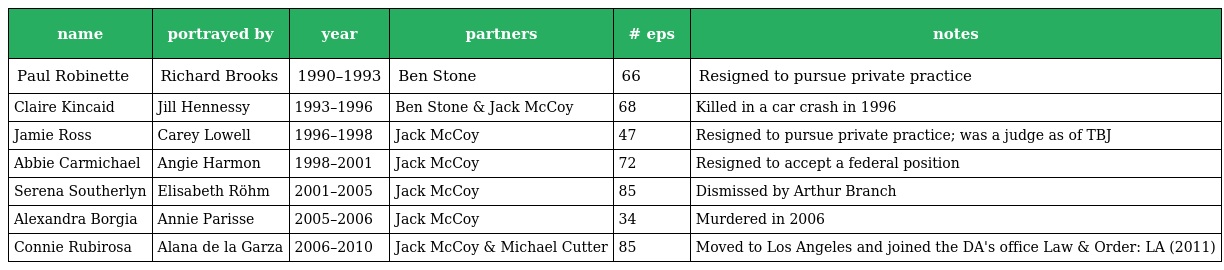
| name | portrayed by | year | partners | # eps | notes |
 | --- | --- | --- | --- | --- | --- |
 | Paul Robinette | Richard Brooks | 1990–1993 | Ben Stone | 66 | Resigned to pursue private practice |
 | Claire Kincaid | Jill Hennessy | 1993–1996 | Ben Stone & Jack McCoy | 68 | Killed in a car crash in 1996 |
 | Jamie Ross | Carey Lowell | 1996–1998 | Jack McCoy | 47 | Resigned to pursue private practice; was a judge as of TBJ |
 | Abbie Carmichael | Angie Harmon | 1998–2001 | Jack McCoy | 72 | Resigned to accept a federal position |
 | Serena Southerlyn | Elisabeth Röhm | 2001–2005 | Jack McCoy | 85 | Dismissed by Arthur Branch |
 | Alexandra Borgia | Annie Parisse | 2005–2006 | Jack McCoy | 34 | Murdered in 2006 |
 | Connie Rubirosa | Alana de la Garza | 2006–2010 | Jack McCoy & Michael Cutter | 85 | Moved to Los Angeles and joined the DA's office Law & Order: LA (2011) |